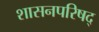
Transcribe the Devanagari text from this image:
शासनपरिषद्